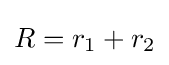
R=r_{1}+r_{2}